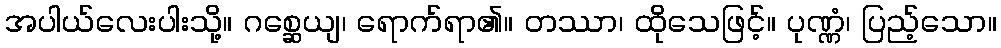
အပါယ်လေးပါးသို့။ ဂစ္ဆေယျ၊ ရောက်ရာ၏။ တဿာ၊ ထိုသေဖြင့်။ ပုဏ္ဏံ၊ ပြည့်သော။